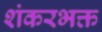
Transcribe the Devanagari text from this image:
शंकरभक्त